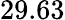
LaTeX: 29.63